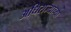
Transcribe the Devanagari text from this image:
अधिराज्याच्या